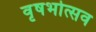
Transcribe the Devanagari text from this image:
वृषभोत्सव